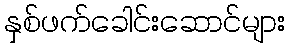
နှစ်ဖက်ခေါင်းဆောင်များ